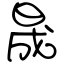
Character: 晟